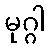
မုဂ္ဂါ